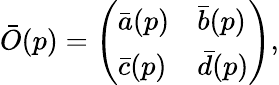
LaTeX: \bar{O}(p)=\left(\begin{array}{ll}{{\bar{a}(p)}}&{{\bar{b}(p)}}\\ {{\bar{c}(p)}}&{{\bar{d}(p)}}\end{array}\right),